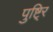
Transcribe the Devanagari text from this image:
पुष्टि्र